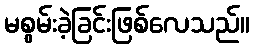
မစွမ်းခဲ့ခြင်းဖြစ်လေသည်။